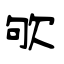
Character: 欨